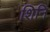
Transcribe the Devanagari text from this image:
शिनि